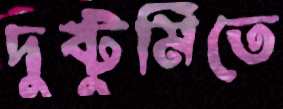
দুষ্টুমিতে